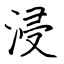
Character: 浸